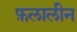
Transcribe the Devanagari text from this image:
फ़लालीन